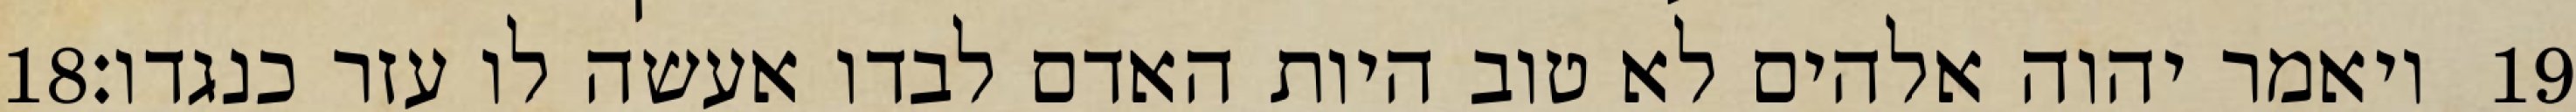
‎18‏ ויאמר יהוה אלהים לא טוב היות האדם לבדו אעשה לו עזר כנגדו׃ ‎19‏